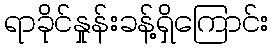
ရာခိုင်နှုန်းခန့်ရှိကြောင်း